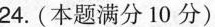
24.(本题满分10分)